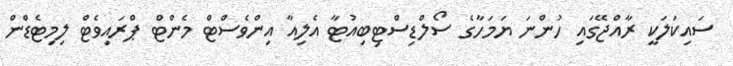
ސައިކަލަކީ ރާއްޖޭގައި ހުންނަ ޔަމަހާގެ ސޯލްޑިސްޓިބިއުޓާ އެލިއާ އިންވެސްޓް މެންޓް ޕްރައިވެޓް ލިމިޓެޑްން